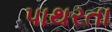
પાથરતા